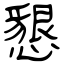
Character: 懇